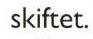
skiftet.